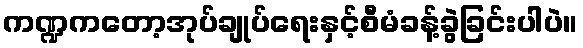
ကဏ္ဍကတော့အုပ်ချုပ်ရေးနှင့်စီမံခန့်ခွဲခြင်းပါပဲ။